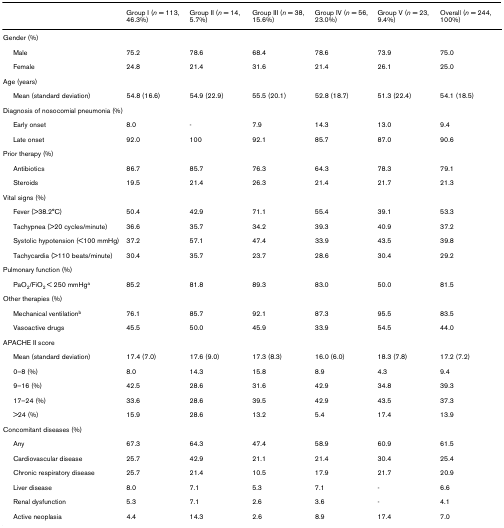
<table><thead><tr><td></td><td><b>Group I (<i>n </i>= 113, 46.3%)</b></td><td><b>Group II (<i>n </i>= 14, 5.7%)</b></td><td><b>Group III (<i>n </i>= 38, 15.6%)</b></td><td><b>Group IV (<i>n </i>= 56, 23.0%)</b></td><td><b>Group V (<i>n </i>= 23, 9.4%)</b></td><td><b>Overall (<i>n </i>= 244, 100%)</b></td></tr></thead><tbody><tr><td>Gender (%)</td><td></td><td></td><td></td><td></td><td></td><td></td></tr><tr><td> Male</td><td>75.2</td><td>78.6</td><td>68.4</td><td>78.6</td><td>73.9</td><td>75.0</td></tr><tr><td> Female</td><td>24.8</td><td>21.4</td><td>31.6</td><td>21.4</td><td>26.1</td><td>25.0</td></tr><tr><td>Age (years)</td><td></td><td></td><td></td><td></td><td></td><td></td></tr><tr><td> Mean (standard deviation)</td><td>54.8 (16.6)</td><td>54.9 (22.9)</td><td>55.5 (20.1)</td><td>52.8 (18.7)</td><td>51.3 (22.4)</td><td>54.1 (18.5)</td></tr><tr><td>Diagnosis of nosocomial pneumonia (%)</td><td></td><td></td><td></td><td></td><td></td><td></td></tr><tr><td> Early onset</td><td>8.0</td><td>-</td><td>7.9</td><td>14.3</td><td>13.0</td><td>9.4</td></tr><tr><td> Late onset</td><td>92.0</td><td>100</td><td>92.1</td><td>85.7</td><td>87.0</td><td>90.6</td></tr><tr><td>Prior therapy (%)</td><td></td><td></td><td></td><td></td><td></td><td></td></tr><tr><td> Antibiotics</td><td>86.7</td><td>85.7</td><td>76.3</td><td>64.3</td><td>78.3</td><td>79.1</td></tr><tr><td> Steroids</td><td>19.5</td><td>21.4</td><td>26.3</td><td>21.4</td><td>21.7</td><td>21.3</td></tr><tr><td>Vital signs (%)</td><td></td><td></td><td></td><td></td><td></td><td></td></tr><tr><td> Fever (&gt;38.2°C)</td><td>50.4</td><td>42.9</td><td>71.1</td><td>55.4</td><td>39.1</td><td>53.3</td></tr><tr><td> Tachypnea (&gt;20 cycles/minute)</td><td>36.6</td><td>35.7</td><td>34.2</td><td>39.3</td><td>40.9</td><td>37.2</td></tr><tr><td> Systolic hypotension (&lt;100 mmHg)</td><td>37.2</td><td>57.1</td><td>47.4</td><td>33.9</td><td>43.5</td><td>39.8</td></tr><tr><td> Tachycardia (&gt;110 beats/minute)</td><td>30.4</td><td>35.7</td><td>23.7</td><td>28.6</td><td>30.4</td><td>29.2</td></tr><tr><td>Pulmonary function (%)</td><td></td><td></td><td></td><td></td><td></td><td></td></tr><tr><td> PaO<sub>2</sub>/FiO<sub>2 </sub>&lt; 250 mmHg<sup>a</sup></td><td>85.2</td><td>81.8</td><td>89.3</td><td>83.0</td><td>50.0</td><td>81.5</td></tr><tr><td>Other therapies (%)</td><td></td><td></td><td></td><td></td><td></td><td></td></tr><tr><td> Mechanical ventilation<sup>b</sup></td><td>76.1</td><td>85.7</td><td>92.1</td><td>87.3</td><td>95.5</td><td>83.5</td></tr><tr><td> Vasoactive drugs</td><td>45.5</td><td>50.0</td><td>45.9</td><td>33.9</td><td>54.5</td><td>44.0</td></tr><tr><td>APACHE II score</td><td></td><td></td><td></td><td></td><td></td><td></td></tr><tr><td> Mean (standard deviation)</td><td>17.4 (7.0)</td><td>17.6 (9.0)</td><td>17.3 (8.3)</td><td>16.0 (6.0)</td><td>18.3 (7.8)</td><td>17.2 (7.2)</td></tr><tr><td> 0–8 (%)</td><td>8.0</td><td>14.3</td><td>15.8</td><td>8.9</td><td>4.3</td><td>9.4</td></tr><tr><td> 9–16 (%)</td><td>42.5</td><td>28.6</td><td>31.6</td><td>42.9</td><td>34.8</td><td>39.3</td></tr><tr><td> 17–24 (%)</td><td>33.6</td><td>28.6</td><td>39.5</td><td>42.9</td><td>43.5</td><td>37.3</td></tr><tr><td> &gt;24 (%)</td><td>15.9</td><td>28.6</td><td>13.2</td><td>5.4</td><td>17.4</td><td>13.9</td></tr><tr><td>Concomitant diseases (%)</td><td></td><td></td><td></td><td></td><td></td><td></td></tr><tr><td> Any</td><td>67.3</td><td>64.3</td><td>47.4</td><td>58.9</td><td>60.9</td><td>61.5</td></tr><tr><td> Cardiovascular disease</td><td>25.7</td><td>42.9</td><td>21.1</td><td>21.4</td><td>30.4</td><td>25.4</td></tr><tr><td> Chronic respiratory disease</td><td>25.7</td><td>21.4</td><td>10.5</td><td>17.9</td><td>21.7</td><td>20.9</td></tr><tr><td> Liver disease</td><td>8.0</td><td>7.1</td><td>5.3</td><td>7.1</td><td>-</td><td>6.6</td></tr><tr><td> Renal dysfunction</td><td>5.3</td><td>7.1</td><td>2.6</td><td>3.6</td><td>-</td><td>4.1</td></tr><tr><td> Active neoplasia</td><td>4.4</td><td>14.3</td><td>2.6</td><td>8.9</td><td>17.4</td><td>7.0</td></tr></tbody></table>